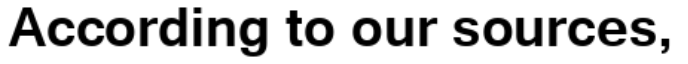
According to our sources,